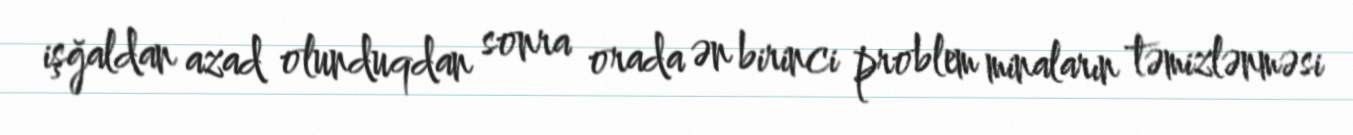
işğaldan azad olunduqdan sonra orada ən birinci problem minaların təmizlənməsi